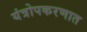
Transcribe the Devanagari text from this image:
यंत्रोपकरणात